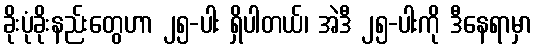
ခိုးပုံခိုးနည်းတွေဟာ ၂၅-ပါး ရှိပါတယ်၊ အဲဒီ ၂၅-ပါးကို ဒီနေရာမှာ